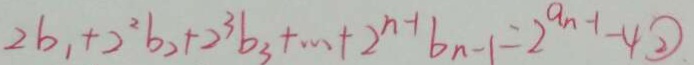
2 b _ { 1 } + 2 ^ { 2 } b _ { 2 } + 2 ^ { 3 } b _ { 3 } + \cdots + 2 ^ { n - 1 } b _ { n - 1 } = 2 ^ { a n - 1 } - 4 \textcircled { 2 }